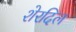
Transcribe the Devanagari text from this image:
शेरदिल